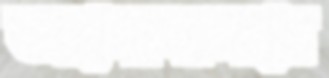
ভালোবাসবে